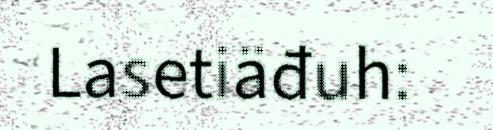
Lasetiäđuh: